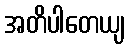
အတိပါတေယျ